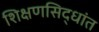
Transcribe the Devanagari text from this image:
शिक्षणसिद्धांत